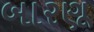
બારણૂ